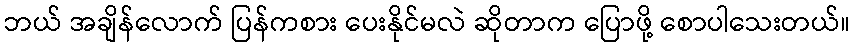
ဘယ် အချိန်လောက် ပြန်ကစား ပေးနိုင်မလဲ ဆိုတာက ပြောဖို့ စောပါသေးတယ်။